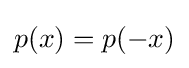
p(x)=p(-x)